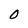
Character: O